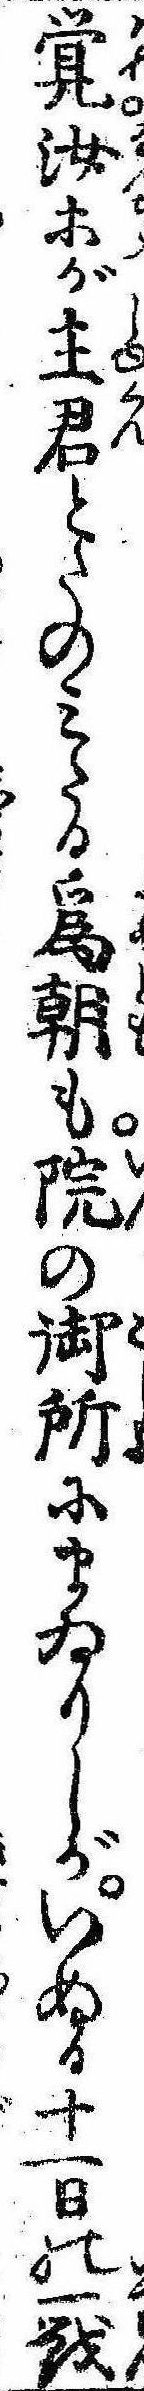
覚汝等が主君とたのみたる為朝も院の御所にまゐりしがいぬる十一日の一戦